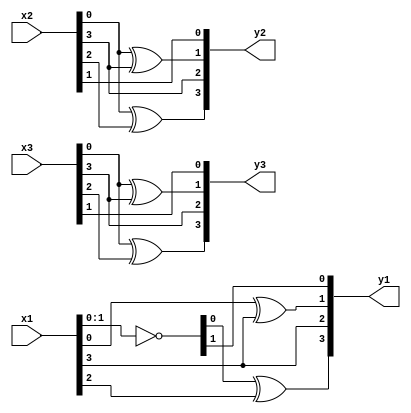
/*
* -----------------------------------------------------------------
* COMPANY : Ruhr University Bochum
* DOCUMENT: "Second-Order SCA Security with almost no Fresh Randomness" TCHES 2021, Issue 3
* -----------------------------------------------------------------
*
* Copyright c 2021, Amir Moradi, Aein Rezaei Shahmirzadi
*
* All rights reserved.
*
* THIS SOFTWARE IS PROVIDED BY THE COPYRIGHT HOLDERS AND CONTRIBUTORS "AS IS" AND
* ANY EXPRESS OR IMPLIED WARRANTIES, INCLUDING, BUT NOT LIMITED TO, THE IMPLIED
* WARRANTIES OF MERCHANTABILITY AND FITNESS FOR A PARTICULAR PURPOSE ARE
* DISCLAIMED. IN NO EVENT SHALL THE COPYRIGHT HOLDER OR CONTRIBUTERS BE LIABLE FOR ANY
* DIRECT, INDIRECT, INCIDENTAL, SPECIAL, EXEMPLARY, OR CONSEQUENTIAL DAMAGES
* INCLUDING, BUT NOT LIMITED TO, PROCUREMENT OF SUBSTITUTE GOODS OR SERVICES;
* LOSS OF USE, DATA, OR PROFITS; OR BUSINESS INTERRUPTION HOWEVER CAUSED AND
* ON ANY THEORY OF LIABILITY, WHETHER IN CONTRACT, STRICT LIABILITY, OR TORT
* INCLUDING NEGLIGENCE OR OTHERWISE ARISING IN ANY WAY OUT OF THE USE OF THIS
* SOFTWARE, EVEN IF ADVISED OF THE POSSIBILITY OF SUCH DAMAGE.
*
* Please see LICENSE and README for license and further instructions.
*/

module Affine(
    input [3:0] x1,
    input [3:0] x2,
    input [3:0] x3,
    output [3:0] y1,
    output [3:0] y2,
    output [3:0] y3
    );



	parameter num = 1;
	
	wire [3:0] notx1;
	assign notx1 = ~x1;
	
	generate
		if(num == 1) begin
			assign y1 = {notx1[0] ^ x1[2],	x1[3],	x1[0] ^ x1[3],	notx1[1]};
			assign y2 = {x2[0] ^ x2[2], 	x2[3], 	x2[0] ^ x2[3], 	x2[1]};
			assign y3 = {x3[0] ^ x3[2], 	x3[3], 	x3[0] ^ x3[3], 	x3[1]};

		end
   endgenerate

endmodule